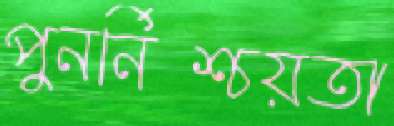
পুনর্নিশ্চয়তা